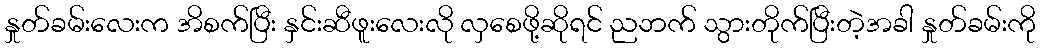
နှုတ်ခမ်းလေးက အိစက်ပြီး နှင်းဆီဖူးလေးလို လှစေဖို့ဆိုရင် ညဘက် သွားတိုက်ပြီးတဲ့အခါ နှုတ်ခမ်းကို